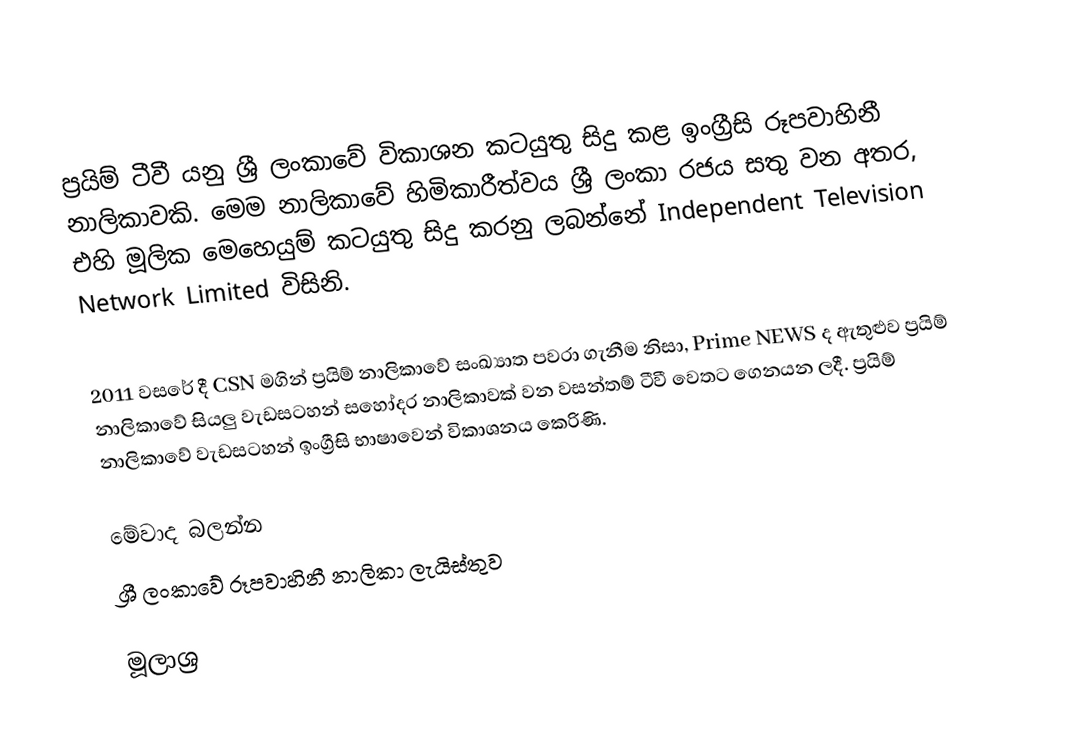
ප්‍රයිම් ටීවී යනු ශ්‍රී ලංකාවේ විකාශන කටයුතු සිදු කළ ඉංග්‍රීසි රූපවාහිනී නාලිකාවකි. මෙම නාලිකාවේ හිමිකාරීත්වය ශ්‍රී ලංකා රජය සතු වන අතර, එහි මූලික මෙහෙයුම් කටයුතු සිදු කරනු ලබන්නේ Independent Television Network Limited විසිනි.

2011 වසරේ දී CSN මගින් ප්‍රයිම් නාලිකාවේ සංඛ්‍යාත පවරා ගැනීම නිසා, Prime NEWS ද ඇතුළුව ප්‍රයිම් නාලිකාවේ සියලු වැඩසටහන් සහෝදර නාලිකාවක් වන වසන්තම් ටීවී වෙතට ගෙනයන ලදී. ප්‍රයිම් නාලිකාවේ වැඩසටහන් ඉංග්‍රීසි භාෂාවෙන් විකාශනය කෙරිණි.

මේවාද බලන්න
 ශ්‍රී ලංකාවේ රූපවාහිනී නාලිකා ලැයිස්තුව

මූලාශ්‍ර